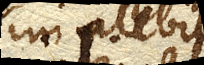
implebit